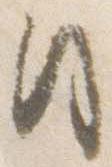
日